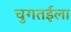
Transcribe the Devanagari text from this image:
चुगतईला